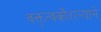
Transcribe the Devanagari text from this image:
वक्तृत्वकौशल्याने